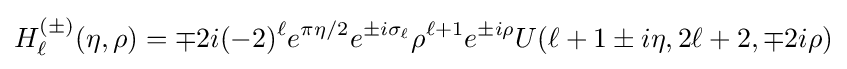
H_{\ell }^{(\pm )}(\eta ,\rho )=\mp 2i(-2)^{\ell }e^{\pi \eta /2}e^{\pm i\sigma _{\ell }}\rho ^{\ell +1}e^{\pm i\rho }U(\ell +1\pm i\eta ,2\ell +2,\mp 2i\rho )